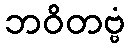
ဘဝိတဗ္ဗံ